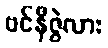
ဗင်နီဇွဲလား